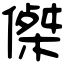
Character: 𠎀